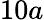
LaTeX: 10a